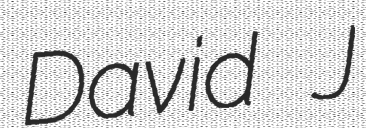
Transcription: David J